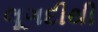
લૂગદીથી